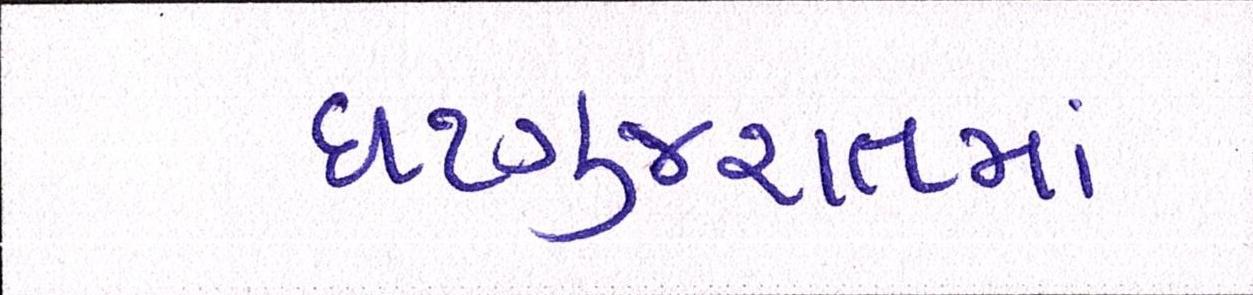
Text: ઘટગુજરાતમાં